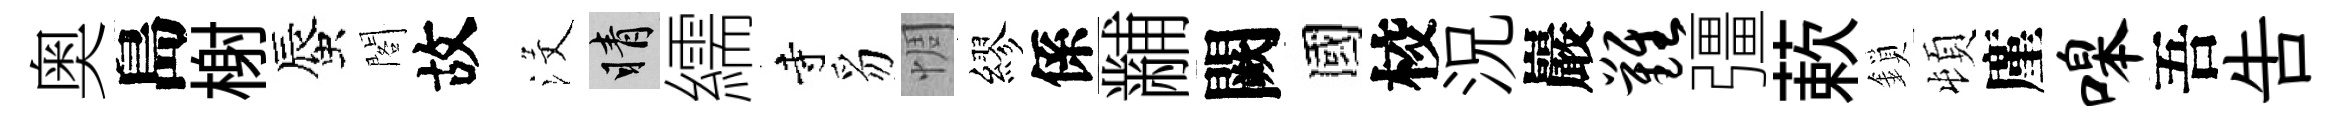
奥島榭蜃閣故沒睛繻寺豸惆繆係黼闕國校況巖难彊蔌鎖頓廑嗥吾告